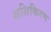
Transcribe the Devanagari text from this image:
शशिकिरण